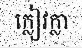
ក្លៀវក្លា